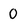
Character: 0